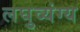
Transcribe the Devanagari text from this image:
लघुव्यंग्य